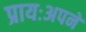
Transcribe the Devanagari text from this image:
प्रायःअपने